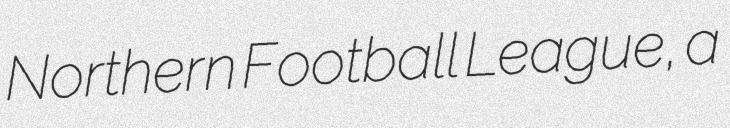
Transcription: Northern Football League, a